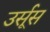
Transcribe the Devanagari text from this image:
उर्सूस